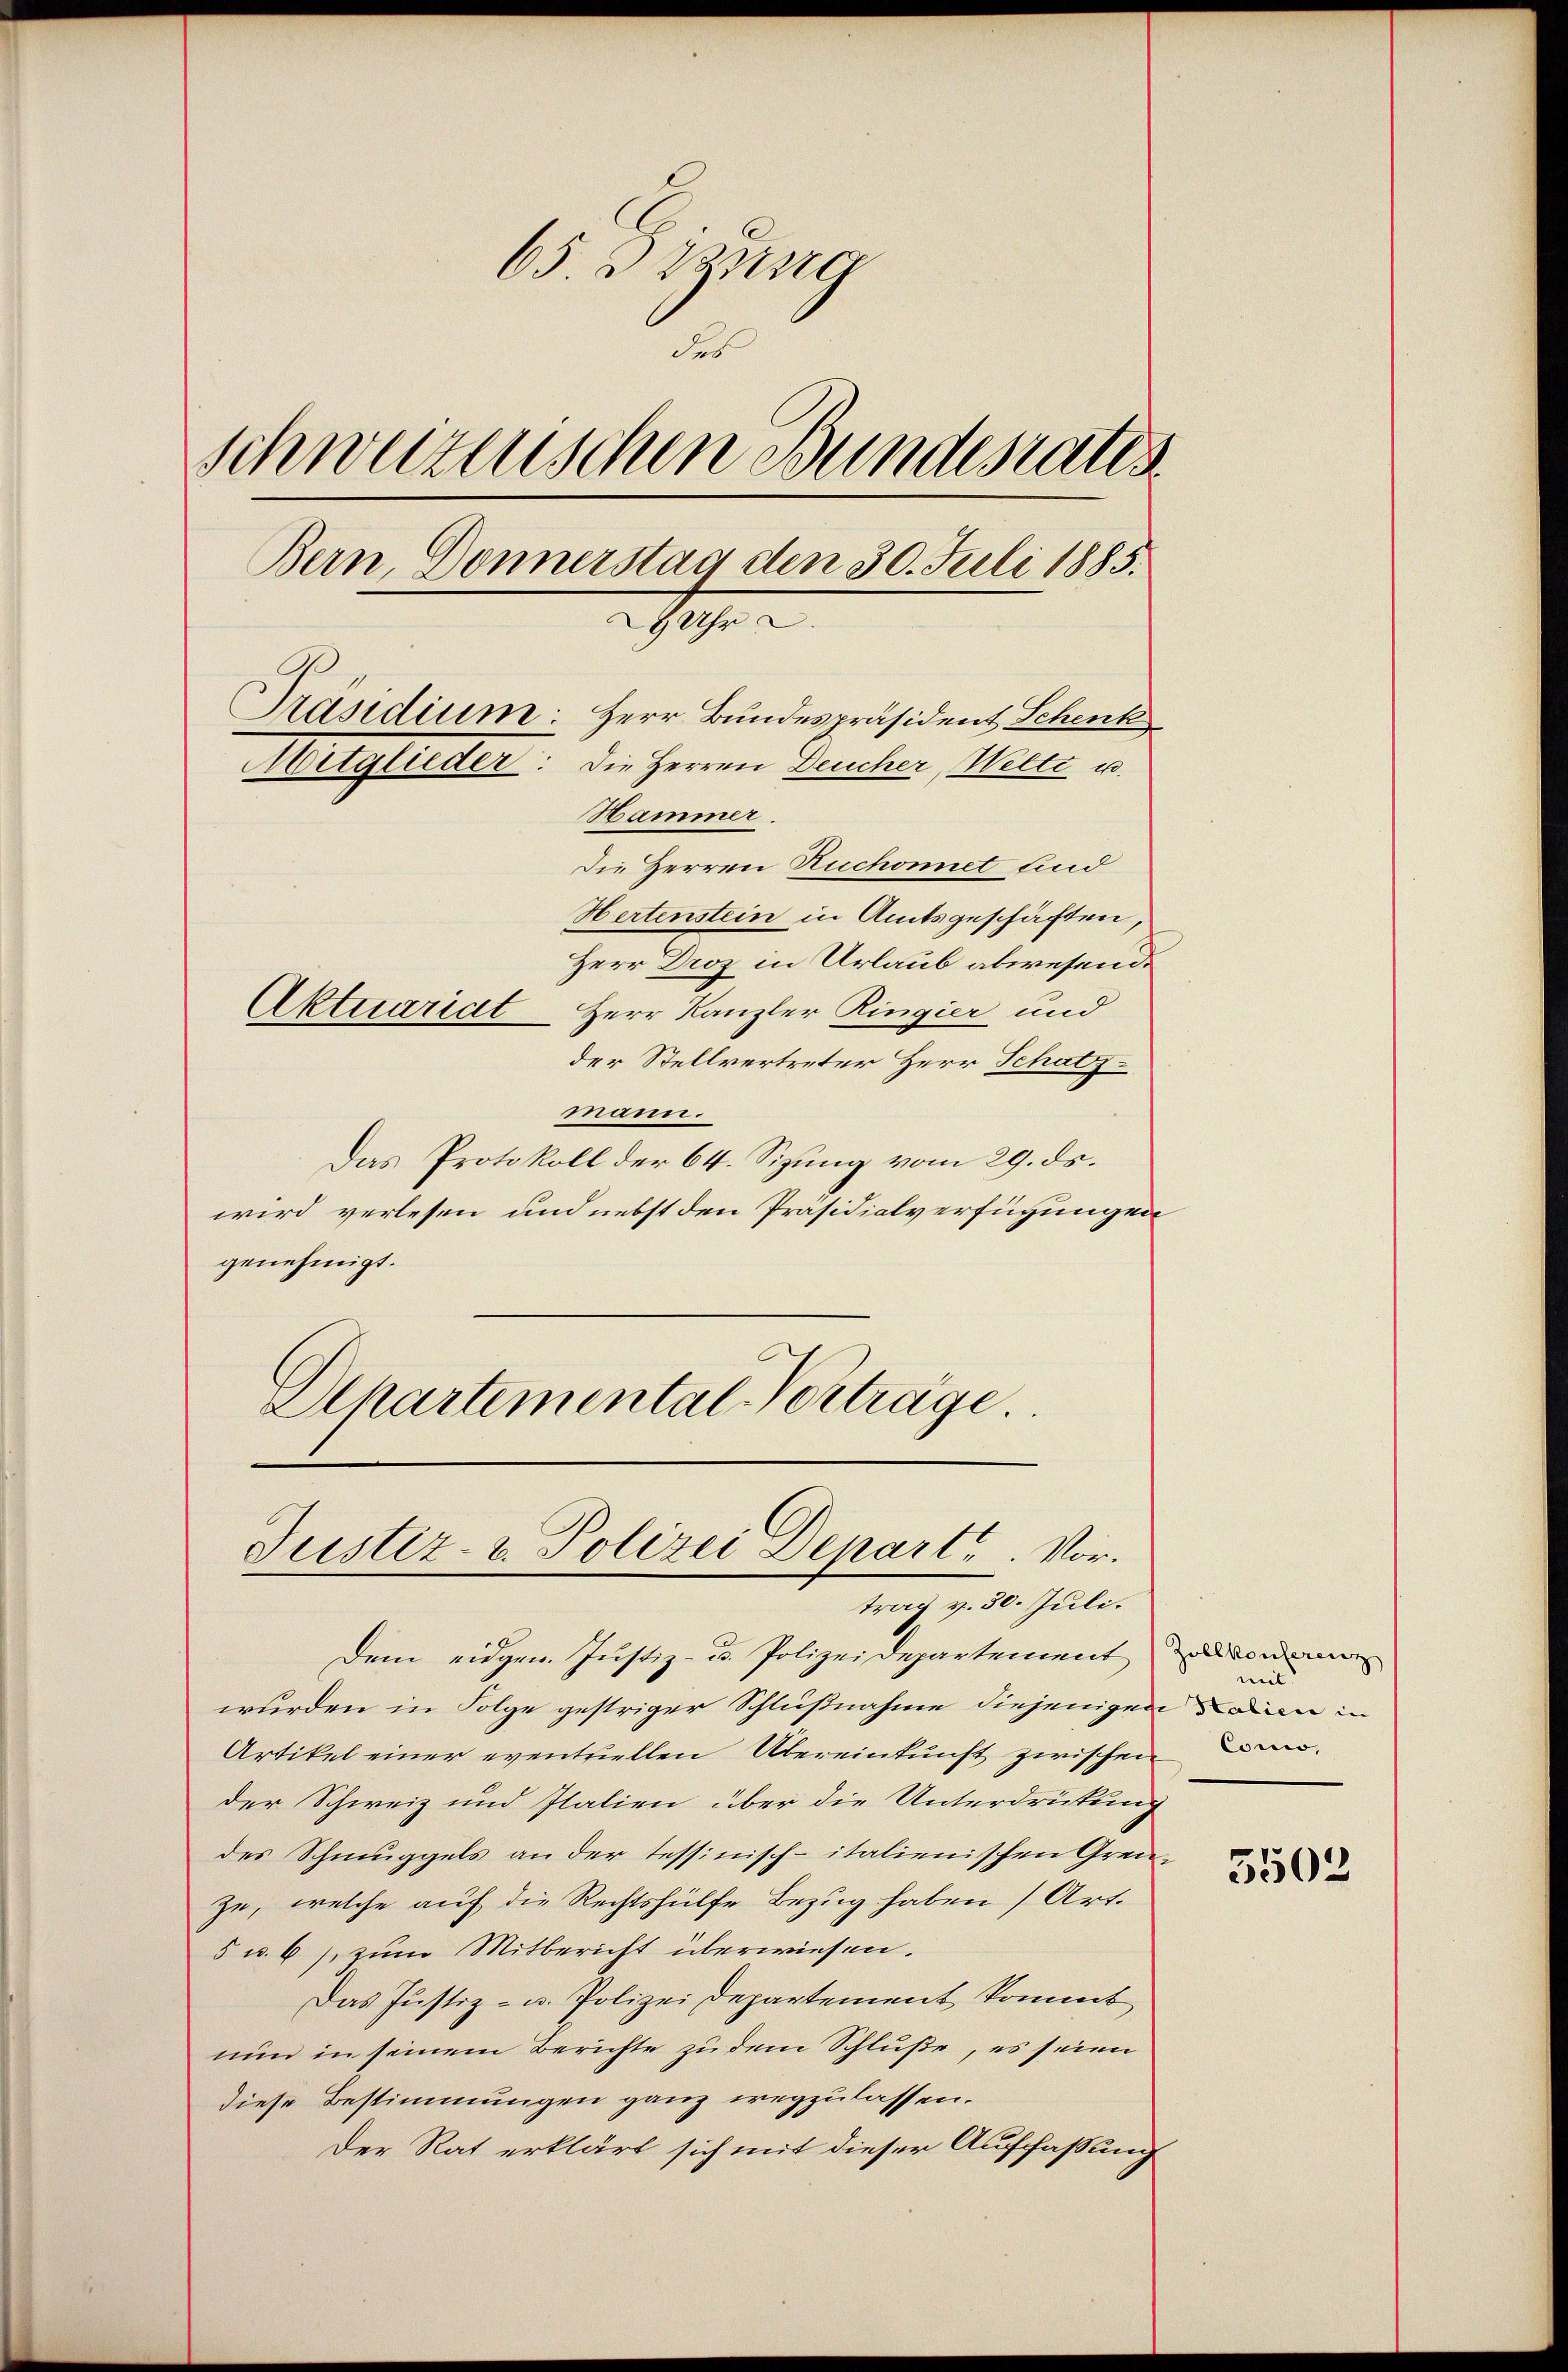
65. Sizung
des
Schwazenischen Bundesrates
Bern, Donnerstag den 30. Juli 1885.
2 Uhr .
Präsidium: Herr Bundespräsident Schenk
Mitglieder: die Herren Deucher, Miete u.
Hammer.
Die Herren Ruchonnet und

Hertenstein in Amtsgeschäften,
Herr Droz in Urlaub abwesend.
Aktuariat Herr Kanzler Ringier und
der Stellvertreter Herr Schatz-
mann.
Das Protokoll der 64. Sizung vom 29. ds.
wird verlesen und nebst den Präsidialverfügungen
genehmigt.
Alkartemental-Vorträge.

Justiz- & Polizei Depart. Vortrag v. 30. Juli.

Dem eidgen. Justiz- u. Polizeidepartement
wurden in Folge gestriger Schlußnahme diejenigen dann in
Artikel einer eventuellen Übereinkunft zwischen Beder Schweiz und Italien über die Unterdrückung
des Schmuggels an der tessinisch-italienischen Grenze, welche auf die Rechtshülfe Bezug haben (Art.
5 u. 6), zum Mitbericht überwiesen.
Das Justiz- u. Polizei Departement kommt
nun in seinem Berichte zu dem Schluße, es seien
diese Bestimmungen ganz wegzulassen.
Der Rat erklärt sich mit dieser Auffaßung

Zollkonferenz
mit

3503